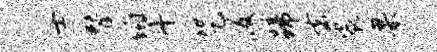
士替俯丹咒段蹄去裟臬